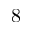
8